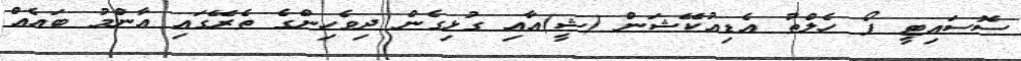
ސޮސައިޓީ ފޯ ހެލްތު އެޑިއުކޭޝަން (ޝީ)އާއި ގުޅިގެން ދިވެހިންގެ ތެރޭގައި އާންމު ބައެއް